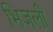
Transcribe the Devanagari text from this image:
भिजली